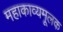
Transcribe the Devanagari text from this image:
महाकाव्यमूलक